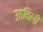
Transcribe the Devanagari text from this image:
उठविली